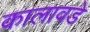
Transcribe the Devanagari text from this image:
कालावडे